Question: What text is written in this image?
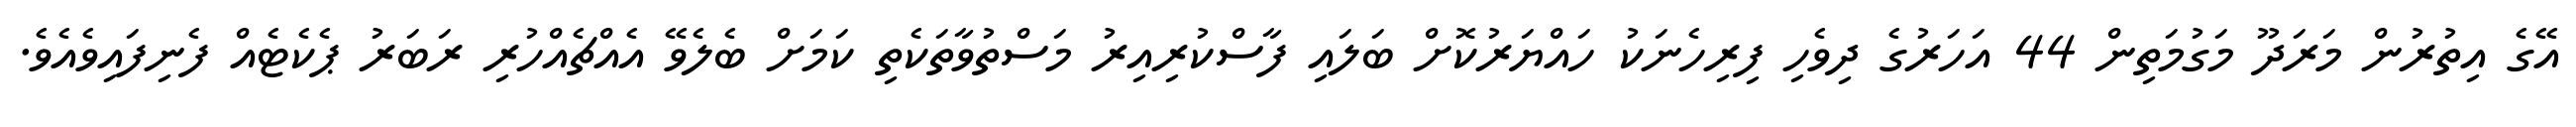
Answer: އޭގެ އިތުރުން މަރަދޫ މަގުމަތިން 44 އަހަރުގެ ދިވެހި ފިރިހެނަކު ހައްޔަރުކޮށް ބަލައި ފާސްކުރިއިރު މަސްތުވާތަކެތި ކަމަށް ބެލެވޭ އެއްޗެއްހުރި ރަބަރު ޕެކެޓެއް ފެނިފައިވެއެވެ.